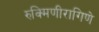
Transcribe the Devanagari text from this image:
रुक्मिणीरागिणे